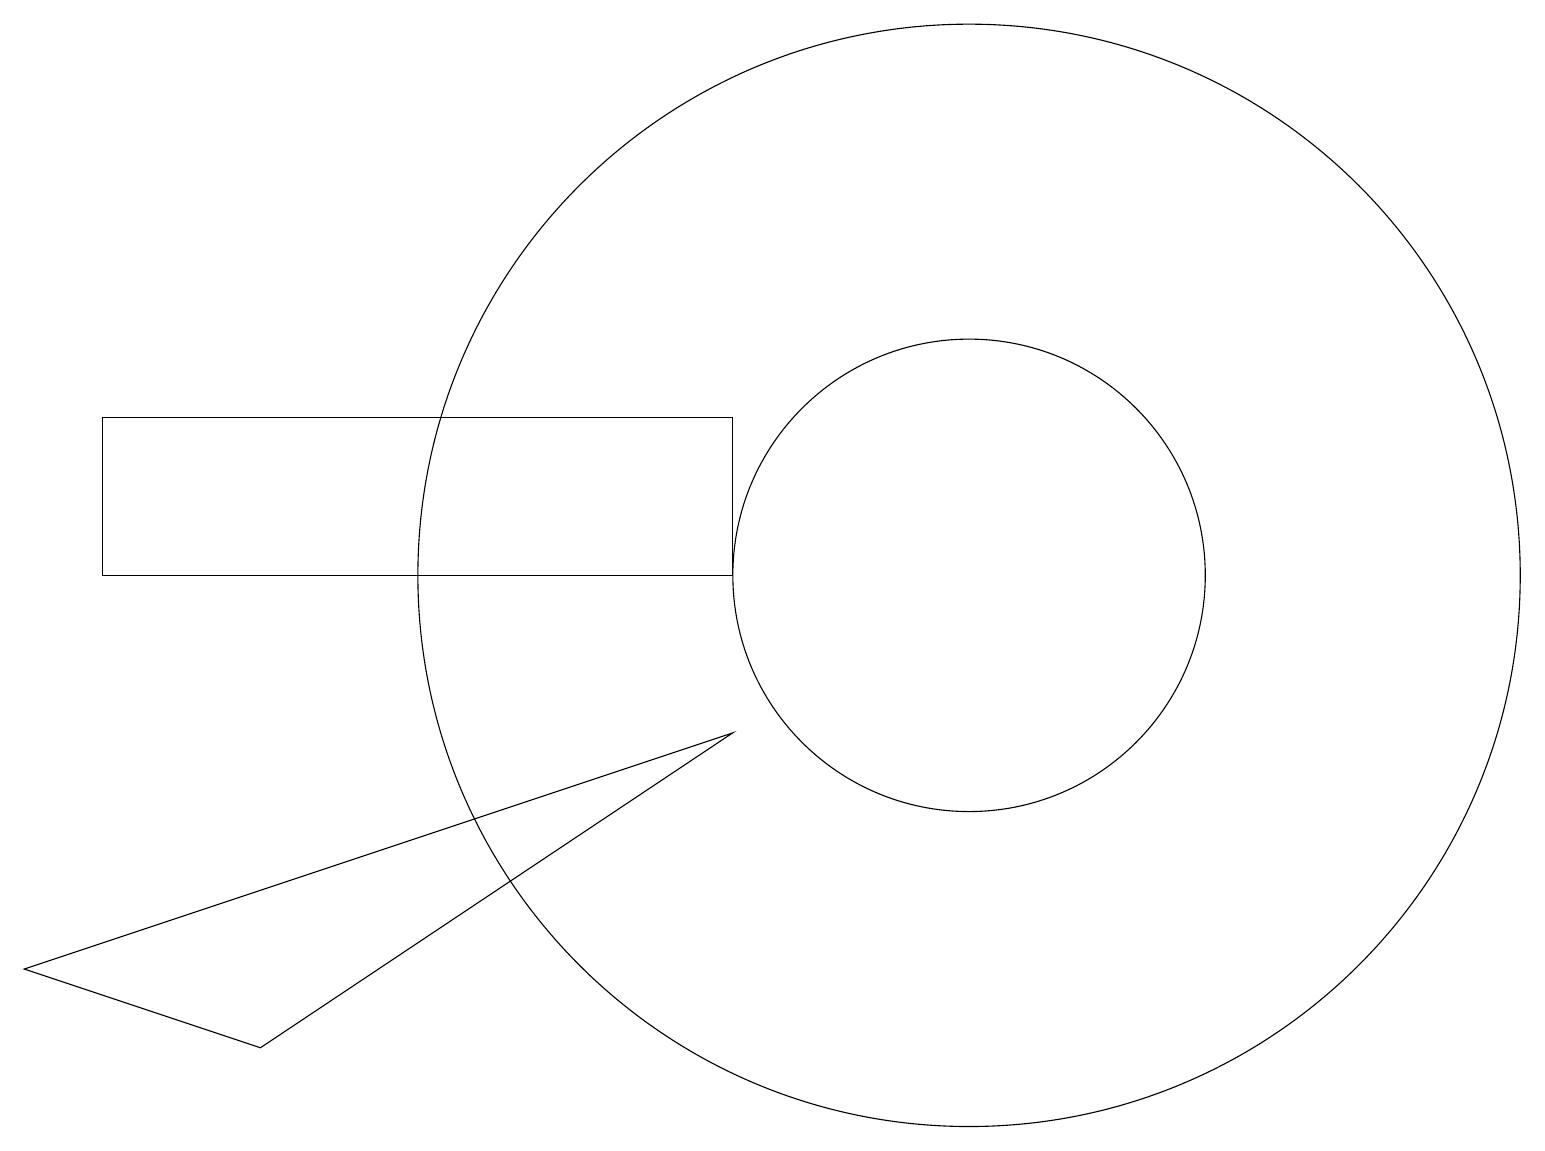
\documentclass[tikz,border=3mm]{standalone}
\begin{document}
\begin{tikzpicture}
\draw (12,11) circle (7);
\draw (12,11) circle (3);
\draw (9,9) -- (0,6) -- (3,5) -- cycle;
\draw (1,13) rectangle (9,11);
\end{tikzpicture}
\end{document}